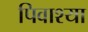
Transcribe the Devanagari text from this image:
पिवाश्या